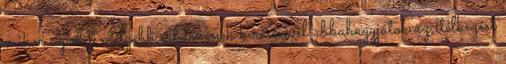
mikor az élet mélyebb értelmének keresésével abbahagyjátok az ítélkezést